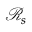
\mathcal { R } _ { s }